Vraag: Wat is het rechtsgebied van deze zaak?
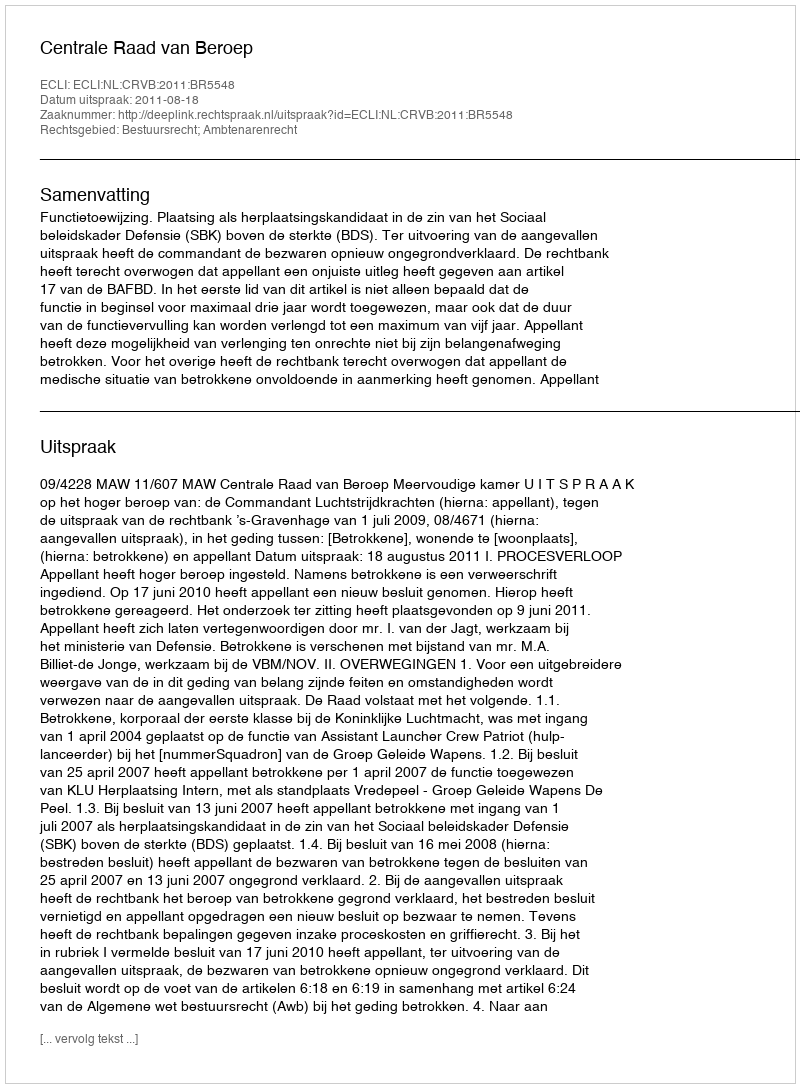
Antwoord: Bestuursrecht; Ambtenarenrecht